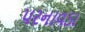
પરનાવડા